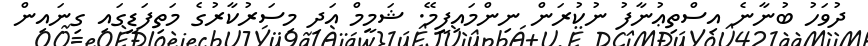
ދުވަހު ބުނާނެ އިސްތިޢުނާފު ނުކުރަން ނިންމައިފީމޭ. ޝަމީމް އަދި މިސަރުކާރުގެ މަތިފަޑީގައި ގިނައިން